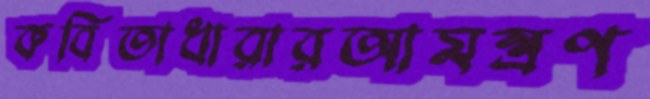
কবিতাধারারআমন্ত্রণ